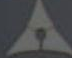
و